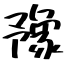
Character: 豫